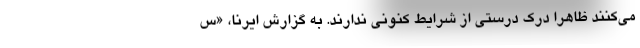
می‌کنند ظاهرا درک درستی از شرایط کنونی ندارند. به گزارش ایرنا، «س